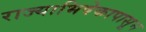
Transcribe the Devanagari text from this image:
राज्याभिषेकापासून